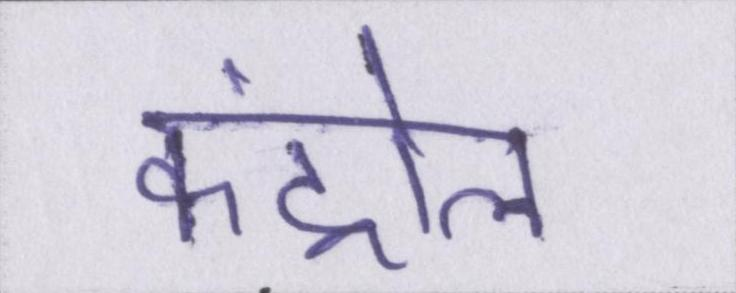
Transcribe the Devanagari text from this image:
कंट्रोल